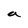
Character: a